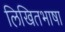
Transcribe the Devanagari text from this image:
लिखितभाषा